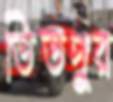
তিতপুর